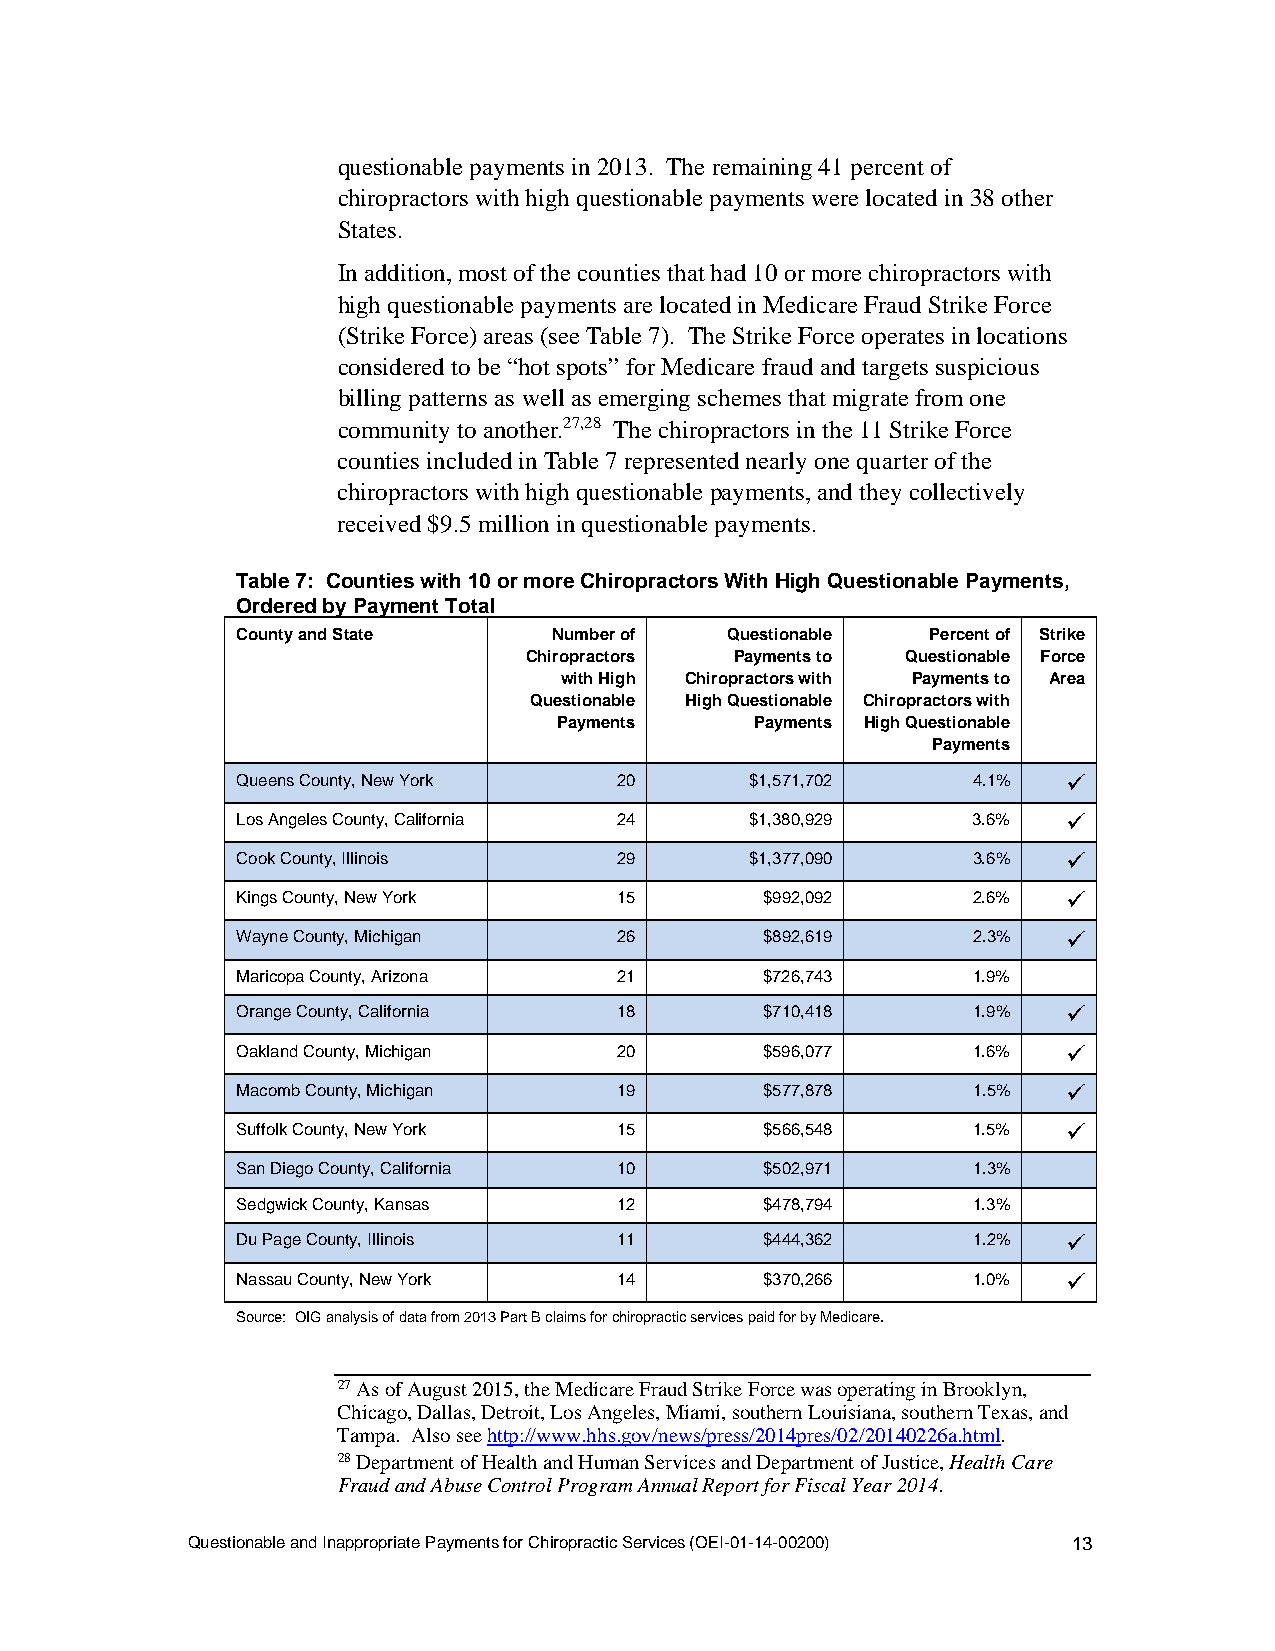
questionable payments in 2013. The remaining 41 percent of
 chiropractors with high questionable payments were located in 38 other
 States.
 In addition, most of the counties that had 10 or more chiropractors with
 high questionable payments are located in Medicare Fraud Strike Force
 (Strike Force) areas (see Table 7). The Strike Force operates in locations
 considered to be “hot spots” for Medicare fraud and targets suspicious
 billing patterns as well as emerging schemes that migrate from one
 community to another.27,28 The chiropractors in the 11 Strike Force
 counties included in Table 7 represented nearly one quarter of the
 chiropractors with high questionable payments, and they collectively
 received $9.5 million in questionable payments.
 Table 7: Counties with 10 or more Chiropractors With High Questionable Payments,
 Ordered by Payment Total
 County and State     Number of  Questionable  Percent of Strike
 Chiropractors Payments to Questionable Force
 with High Chiropractors with Payments to Area
 Questionable High Questionable Chiropractors with
 Payments     Payments High Questionable
 Payments
 Queens County, New York  20       $1,571,702    4.1%   
 Los Angeles County, California 24 $1,380,929    3.6%   
 Cook County, Illinois    29       $1,377,090    3.6%   
 Kings County, New York   15        $992,092     2.6%   
 Wayne County, Michigan   26        $892,619     2.3%   
 Maricopa County, Arizona 21        $726,743     1.9%
 Orange County, California 18       $710,418     1.9%   
 Oakland County, Michigan 20        $596,077     1.6%   
 Macomb County, Michigan  19        $577,878     1.5%   
 Suffolk County, New York 15        $566,548     1.5%   
 San Diego County, California 10    $502,971     1.3%
 Sedgwick County, Kansas  12        $478,794     1.3%
 Du Page County, Illinois 11        $444,362     1.2%   
 Nassau County, New York  14        $370,266     1.0%   
 Source: OIG analysis of data from 2013 Part B claims for chiropractic services paid for by Medicare.
 27 As of August 2015, the Medicare Fraud Strike Force was operating in Brooklyn,
 Chicago, Dallas, Detroit, Los Angeles, Miami, southern Louisiana, southern Texas, and
 Tampa. Also see http://www.hhs.gov/news/press/2014pres/02/20140226a.html.
 28 Department of Health and Human Services and Department of Justice, Health Care
 Fraud and Abuse Control Program Annual Report for Fiscal Year 2014.
 Questionable and Inappropriate Payments for Chiropractic Services (OEI-01-14-00200) 13